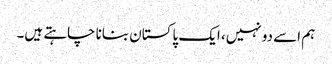
ہم اسے دو نہیں، ایک پاکستان بنانا چاہتے ہیں۔